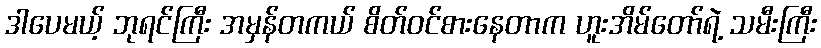
ဒါပေမယ့် ဘုရင်ကြီး အမှန်တကယ် စိတ်ဝင်စားနေတာက ဟူးအိမ်တော်ရဲ့ သမီးကြီး